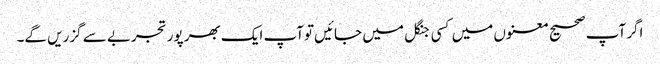
اگر آپ صحیح معنوں میں کسی جنگل میں جائیں توآپ ایک بھر پور تجربے سے گزریں گے۔